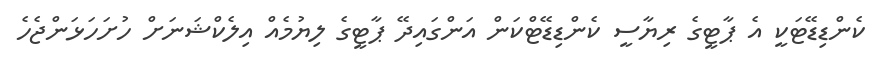
ކެންޑިޑޭޓަކީ އެ ޕާޓީގެ ރިޔާސީ ކެންޑިޑޭޓްކަން އަންގައިދޭ ޕާޓީގެ ލިޔުމެއް އިލެކްޝަނަށް ހުށަހަޅަންޖެހެ